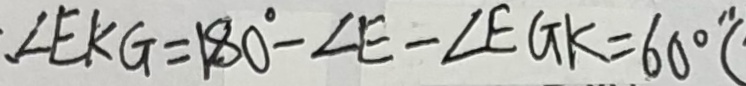
\angle E K G = 1 8 0 ^ { \circ } - \angle E - \angle E G K = 6 0 ^ { \circ } " (